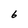
Character: 6